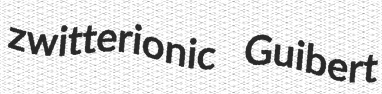
zwitterionic Guibert